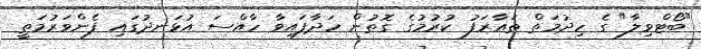
"ބޯޓްވިލާ" ގެ ހިދުމަތް ތައާރަފު ކުރުމުގެ ގޮތުން ހަދާފައިވާ ހާއްސަ އުޅަނދުގައި ފެންވަރުމަތީ